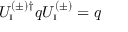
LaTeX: U _ { \mathrm { \scriptscriptstyle I } } ^ { ( \pm ) \dagger } q U _ { \mathrm { \scriptscriptstyle I } } ^ { ( \pm ) } = q